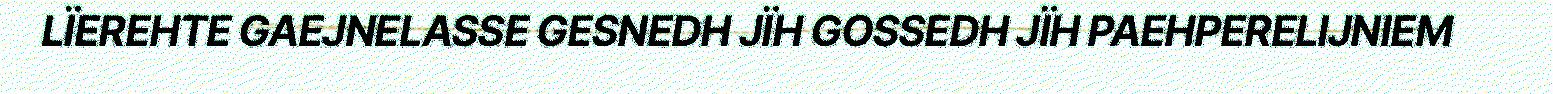
LÏEREHTE GAEJNELASSE GESNEDH JÏH GOSSEDH JÏH PAEHPERELIJNIEM